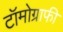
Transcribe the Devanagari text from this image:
टॉमोग्राफी